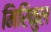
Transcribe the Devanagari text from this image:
मिरिकुल